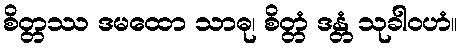
စိတ္တဿ ဒမထော သာဓု၊ စိတ္တံ ဒန္တံ သုခါဝဟံ။